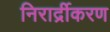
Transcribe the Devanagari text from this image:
निरार्द्रीकरण